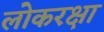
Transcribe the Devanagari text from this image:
लोकरक्षा